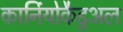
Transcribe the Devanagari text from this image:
कार्नियोकैडुअल